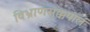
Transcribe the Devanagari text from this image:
विभ्राणसृक्कपालं